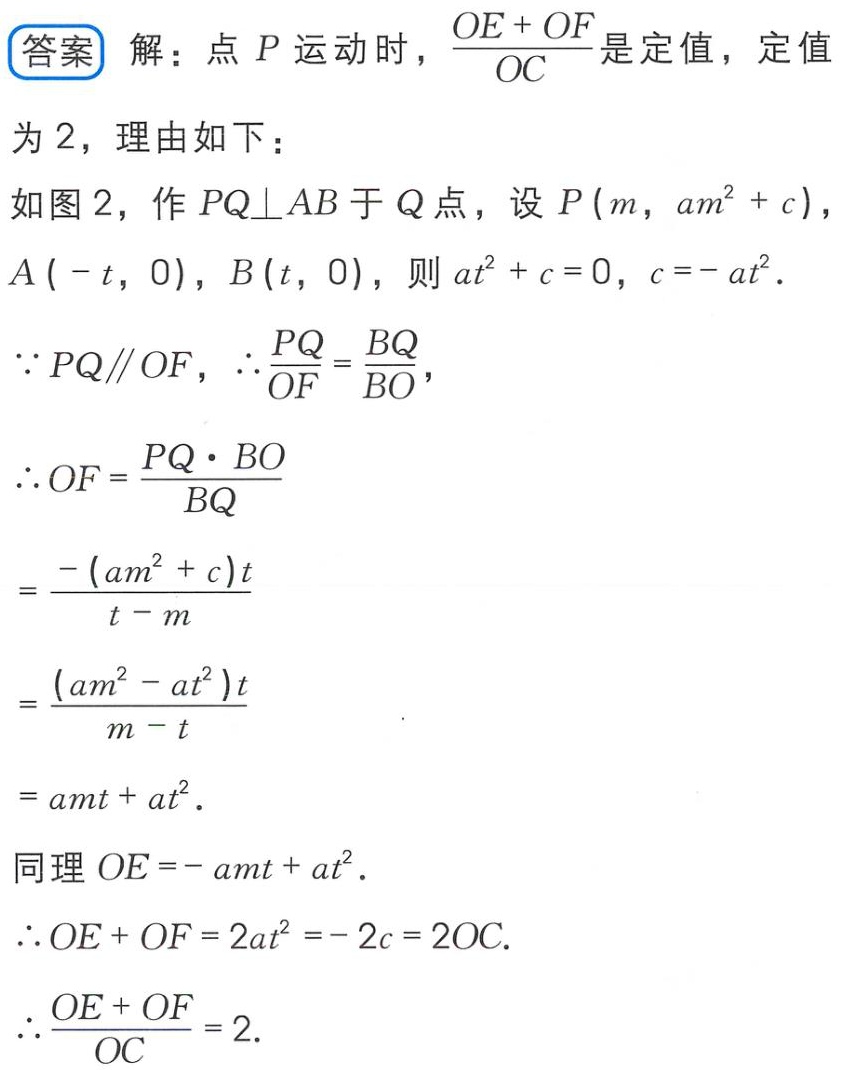
答案 解：点 \(P\) 运动时，\(\frac{OE + OF}{OC}\) 是定值，定值
为 \(2\)，理由如下：
如图 \(2\)，作 \(PQ\perp AB\) 于 \(Q\) 点，设 \(P(m, am^{2}+c)\)，
\(A(-t, 0)\)，\(B(t, 0)\)，则 \(at^{2}+c = 0\)，\(c=-at^{2}\)．
\(\because PQ\parallel OF\)，\(\therefore\frac{PQ}{OF}=\frac{BQ}{BO}\)，
\(\therefore OF=\frac{PQ\cdot BO}{BQ}\)
\(=\frac{-(am^{2}+c)t}{t - m}\)
\(=\frac{(am^{2}-at^{2})t}{m - t}\)
\(=amt + at^{2}\)．
同理 \(OE=-amt + at^{2}\)．
\(\therefore OE + OF = 2at^{2}=-2c = 2OC\)．
\(\therefore\frac{OE + OF}{OC}=2\)．